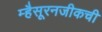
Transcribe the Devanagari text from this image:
म्हैसूरनजीकची